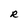
Character: R